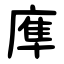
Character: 㢑